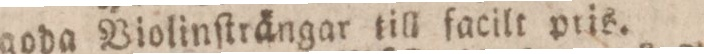
goda Violinſträngar till facilt pris.